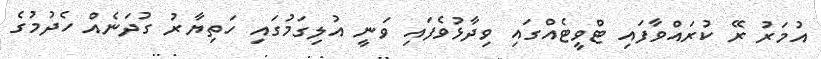
އުމަރު ރޭ ކުރައްވާފައި ޓްވީޓެއްގައި ވިދާޅުވެފައި ވަނީ އުލިގަމުގައި ހަތިޔާރު ގުދަނެއް ހެދުމުގެ